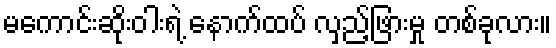
မကောင်းဆိုးဝါးရဲ့ နောက်ထပ် လှည့်ဖြားမှု တစ်ခုလား။